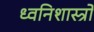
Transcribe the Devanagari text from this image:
ध्वनिशास्त्रों